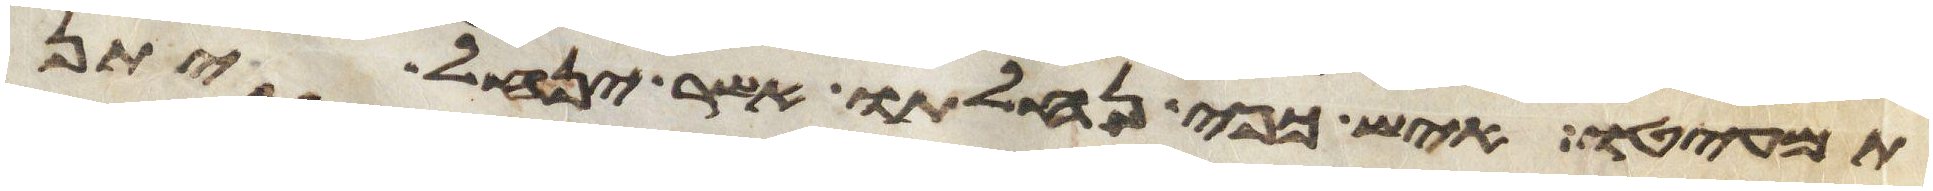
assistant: תמעיטו איש כפי נחלתו אשר ינחל יתן